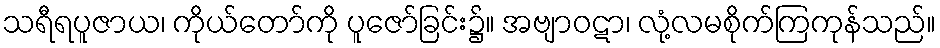
သရီရပူဇာယ၊ ကိုယ်တော်ကို ပူဇော်ခြင်း၌။ အဗျာဝဋာ၊ လုံ့လမစိုက်ကြကုန်သည်။